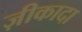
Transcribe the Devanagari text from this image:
ज़ीकादा